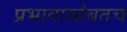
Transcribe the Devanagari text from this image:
प्रभावासोबतच